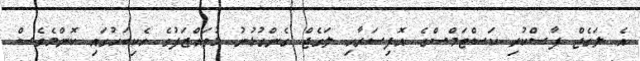
އެ ލަގެޖް ފާސްކުރި ކަސްޓަމްސްގެ އޮފިސަރާއި ލަގެޖް ގެންގުޅުނު މުވައްޒަފުގެ ހެކިބަހުގައި ކޮންމެވެސް